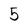
Character: 5